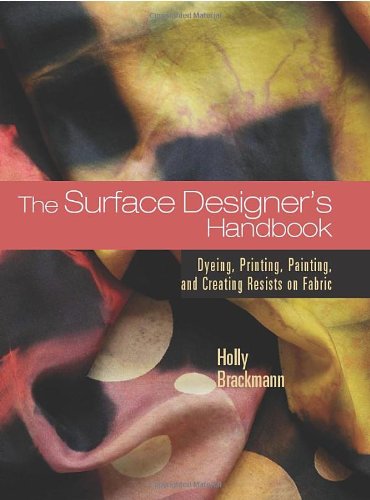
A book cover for The Surface Designer's Handbook; Holly Brackmann; Crafts, Hobbies & Home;